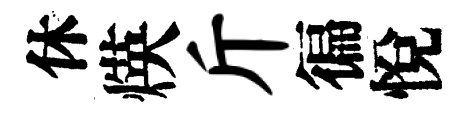
休煐斤徧悅